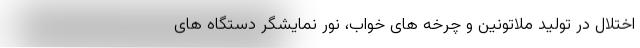
اختلال در تولید ملاتونین و چرخه های خواب، نور نمایشگر دستگاه های